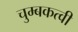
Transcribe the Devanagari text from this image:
चुम्बकत्वी